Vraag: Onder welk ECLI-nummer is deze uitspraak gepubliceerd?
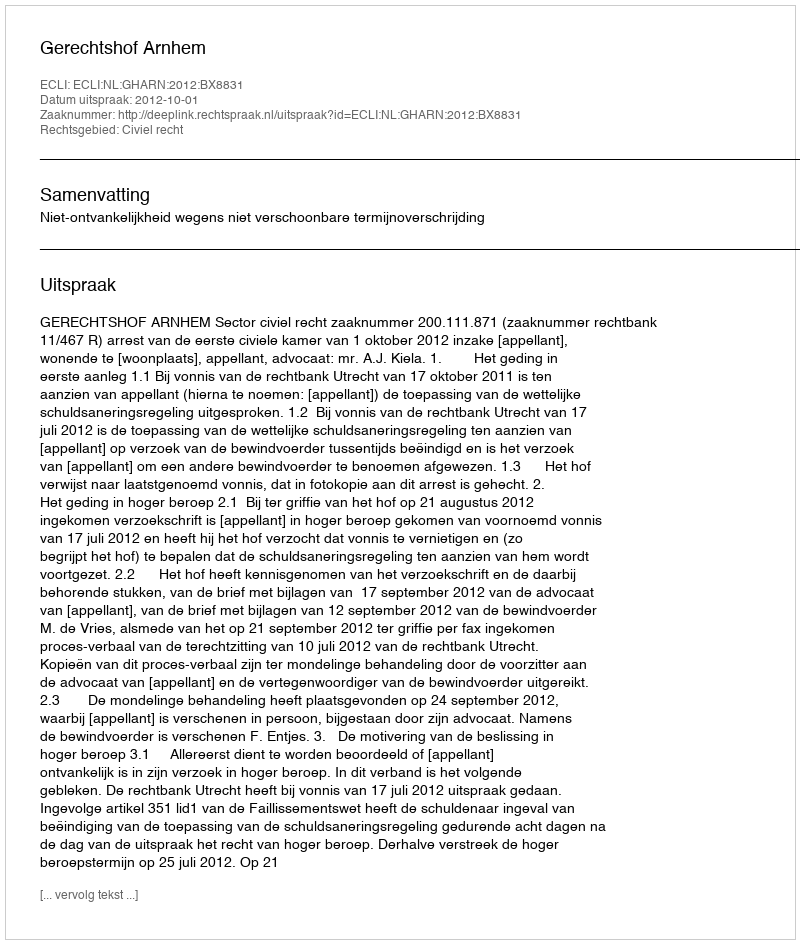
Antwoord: ECLI:NL:GHARN:2012:BX8831